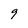
Character: 9